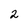
Character: 2